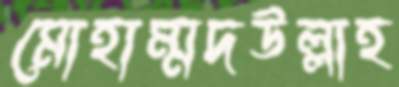
মোহাম্মদউল্লাহ